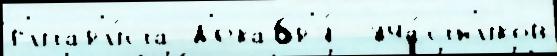
г'итар'и́ста д'екабр'я́  уча́стн'иков